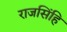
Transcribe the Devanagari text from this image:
राजसिंहि